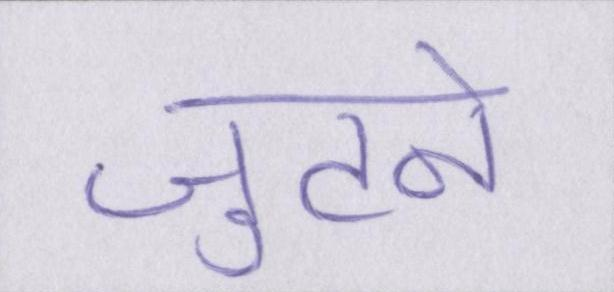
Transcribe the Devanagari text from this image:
जुटने